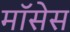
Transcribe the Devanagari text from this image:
मॉसेस